Tezpur Lunatic Asylum reports 1895-1904 - 1895-1904
Year: 1895
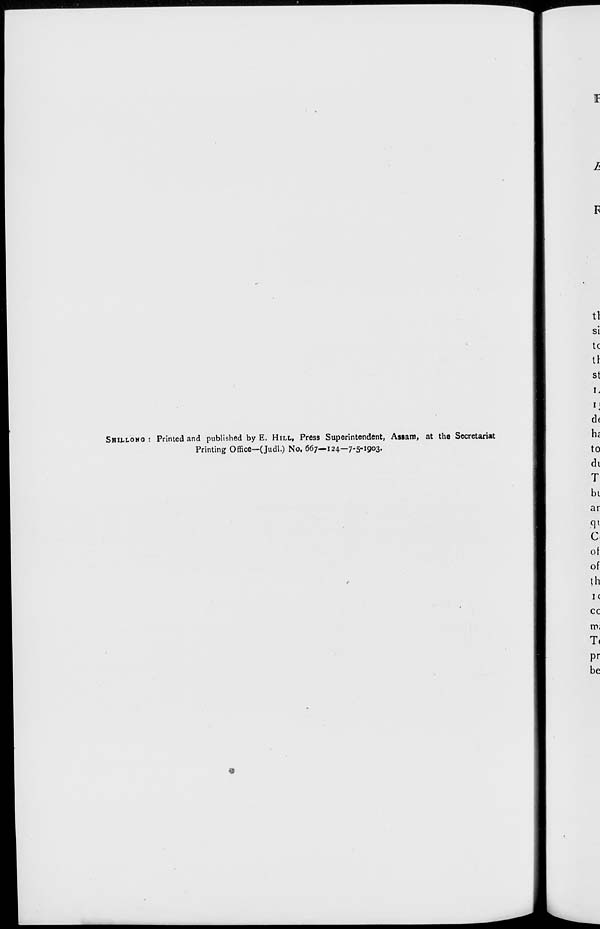
SHILLONO : Printed and published by E. HILL, Press Superintendent, Asiam, at the Secretariat
Printing Office—(Judl.) No. 667—124—7-5-1903.